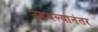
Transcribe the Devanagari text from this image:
उडवल्यानंतर